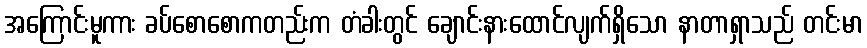
အကြောင်းမူကား ခပ်စောစောကတည်းက တံခါးတွင် ချောင်းနားထောင်လျက်ရှိသော နာတာရှာသည် တင်းမာ